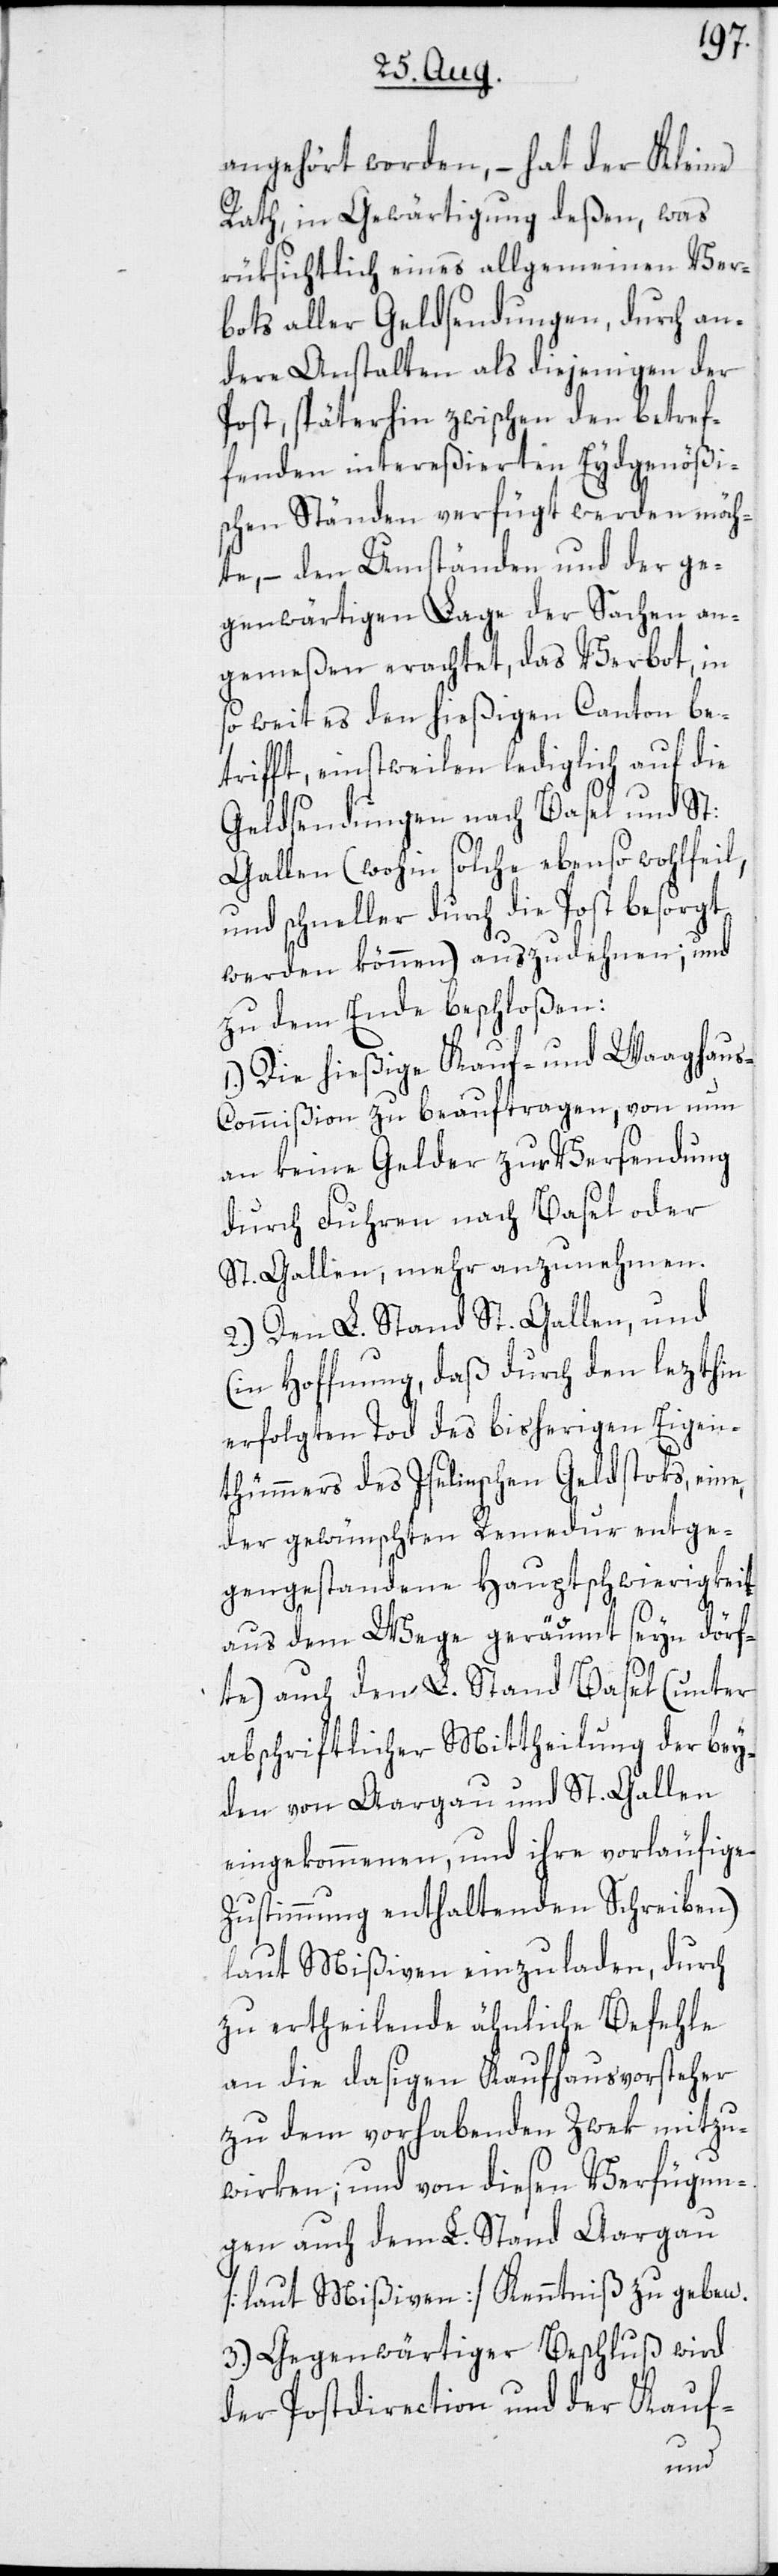
angehört worden, – hat der Kleine
Rath, in Gewärtigung deßen, was
rüksichtlich eines allgemeinen Ver¬
bots aller Geldsendungen, durch an¬
dere Anstalten als diejenigen der
Post, späterhin zwischen den betref¬
fenden intereßierten Eydgenößi¬
schen Ständen verfügt werden möch¬
te, – den Umständen und der ge¬
genwärtigen Lage der Sachen an¬
gemeßen erachtet, das Verbot in
so weit es den hießigen Canton be¬
trifft, einstweilen lediglich auf die
Geldsendungen nach Basel und St:
Gallen (wohin solche ebenso wohlfeil,
und schneller durch die Post besorgt
werden können) auszudehnen; und
zu dem Ende beschloßen:
Die hießige Kauf- und Waaghau¬
s-Commißion zu beauftragen, von nun
an keine Gelder zur Versendung
durch Fuhren nach Basel oder
St. Gallen, mehr anzunehmen.
2.) Den L. Stand St. Gallen, und
(in Hoffnung, daß durch den lezthin
erfolgten Tod des bisherigen Eigen¬
thümmers des Iselinschen Geldstoks, eine,
der gewünschten Remedur entge¬
gengestandene Hauptschwierigkeit
aus dem Wege geräumt seyn dörf¬
te) auch den L. Stand Basel (unter
abschriftlicher Mittheilung der bey¬
den von Aargau und St. Gallen
eingekommenen, und ihre vorläufige
Zustimmung enthaltenden Schreiben)
laut Mißiven einzuladen, durch
zu ertheilende ähnliche Befehle
an die dasigen Kaufhausvorsteher
zu dem vorhabenden Zwek mitzu¬
wirken; und von diesen Verfügun¬
gen auch dem L. Stand Aargau
[laut Mißiven] Kenntniß zu geben.
3.) Gegenwärtiger Beschluß wird
der Postdirection und der Kauf-